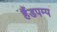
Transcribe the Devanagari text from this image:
हैंडपम्प